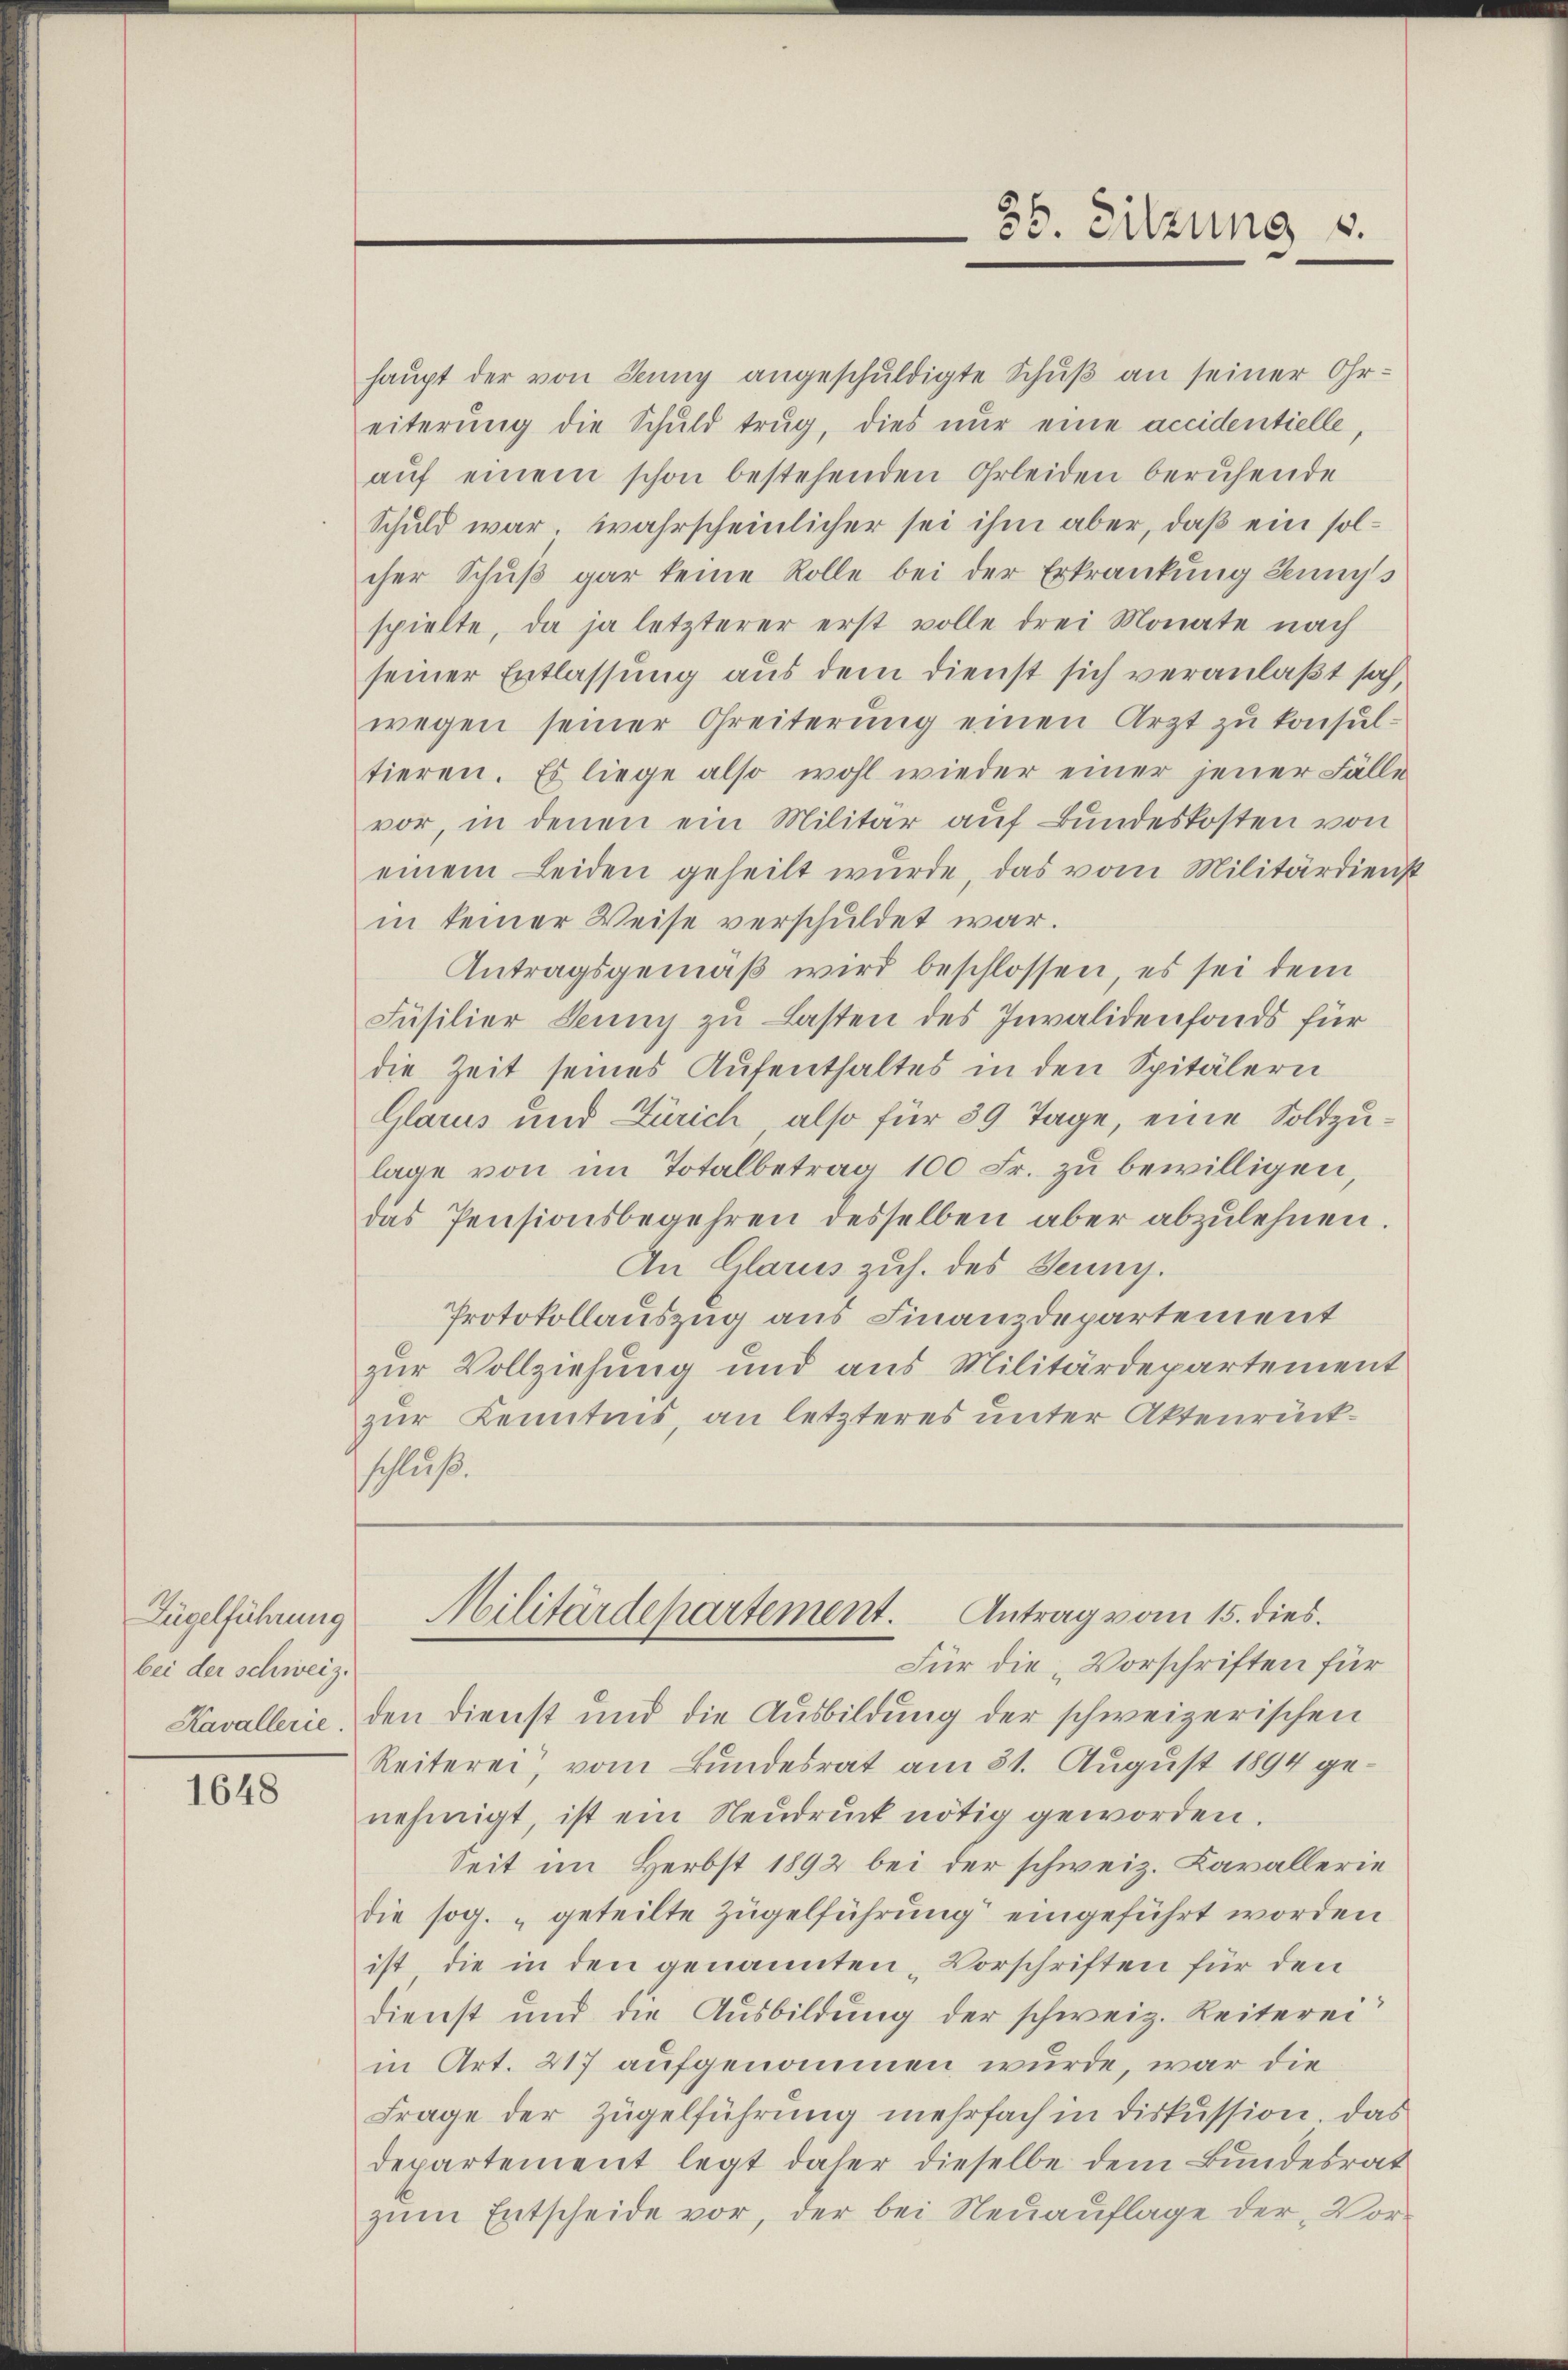
Fügelführung
bei der schweiz.
Kavallerie.

1648

36. Sitzung v.

haŭpt der von Jenny angeschŭldigte Schŭβ an seiner Ohr-
eiterung die Schuld trug, dies nur eine accidentielle,
aŭf einem schon bestehenden Erleiden beruhende
Schuld war, wahrscheinlicher sei ihm aber, daß ein solcher Schŭβ gar keine Rolle bei der Erkrankung demniss
spielte, da ja letzterer erst volle drei Monate nach
seiner Entlassung aus dem dienst sich veranlaßt sah,
wegen seiner Greiterŭng einen Arzt zu konsul-
tieren. Es liege also wohl wieder einer jener Fälle
vor, in denen ein Militär auf Bundeskosten von
einem Leiden geheilt wurde, das vom Militärdienst
in keiner Weise verschuldet war.
Antragsgemäß wird beschlossen, es sei dem
Füsilier Jenny zu Lasten des Invalidenfonds für
die Zeit seines Aufenthaltes in den Spitälern
Glarus und Zürich also für 39 Tage, eine Soldzulage von im Totalbetrag 100 Fr. zu bewilligen,
das Pensionsbegehren desselben aber abzulehnen.
An Glarus zuh. des Jenny.
Protokollauszug aus Finanzdepartement
zur Vollziehung und aus Militärdepartement
zur Kenntnis, an letzteres unter Aktenrückschluß.
Militärdepartement. Antrag vom 15. dies
Für die Vorschriften für
den dienst und die Ausbildung der schweizerischen
Reiterei, vom Bundesrat am 31. August 1894 genehmigt, ist ein Neudruck nötig geworden.
Seit im Herbst 1892 bei der schweiz. Kavallerie
die sog. „geteilte Zügelführung eingeführt worden
ist die in den genannten „Vorschriften für den
Dienst und die Ausbildung der schweiz. Reiterei
in Art. 217 aufgenommen wurde, war die
Frage der Zügelführung mehrfach in diskussion. Das
departement legt daher dieselbe dem Bundesrat
zŭm Entscheide vor, der bei Neŭaŭflage der Vor-